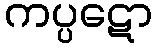
ကပ္ပဋော